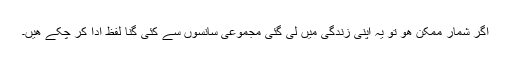
اگر شمار ممکن ھو تو یہ اپنی زندگی میں لی گئی مجموعی سانسوں سے کئی گنا لفظ ادا کر چکے ھیں۔